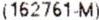
(162761-M)